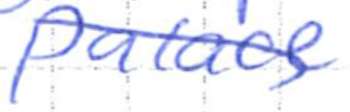
Text: Palace
Cross-out: diagonal
Writing tool: ballpoint